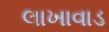
લાખાવાડ